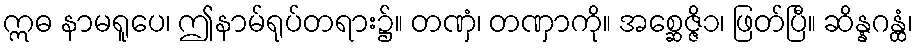
ဣဓ နာမရူပေ၊ ဤနာမ်ရုပ်တရား၌။ တဏှံ၊ တဏှာကို။ အစ္ဆေဇ္ဇိ၁၊ ဖြတ်ပြီ။ ဆိန္နဂန္ထံ၊